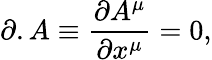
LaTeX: \partial.A\equiv\frac{\partial A^{\mu}}{\partial x^{\mu}}=0,